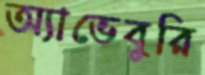
অ্যাভেবুরি